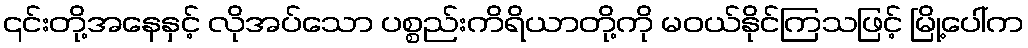
၎င်းတို့အနေနှင့် လိုအပ်သော ပစ္စည်းကိရိယာတို့ကို မဝယ်နိုင်ကြသဖြင့် မြို့ပေါ်က